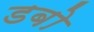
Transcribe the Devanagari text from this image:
डबो